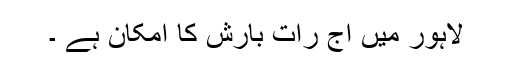
لاہور میں آج رات بارش کا امکان ہے ۔